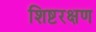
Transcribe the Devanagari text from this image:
शिष्टरक्षण